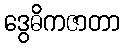
ဒွေဓိကဇာတာ